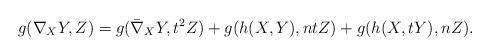
LaTeX: \begin{align*}g(\nabla_{X}Y, Z)= g(\bar\nabla_{X}Y, t^{2}Z)+g(h(X,Y), ntZ)+g(h(X, tY), nZ).\end{align*}